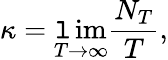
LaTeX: \kappa=\operatorname*{\mathtt{l}im}_{T\to\infty}\frac{{N_{T}}}{{T}},